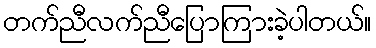
တက်ညီလက်ညီပြောကြားခဲ့ပါတယ်။